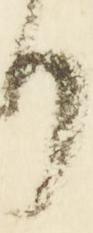
り